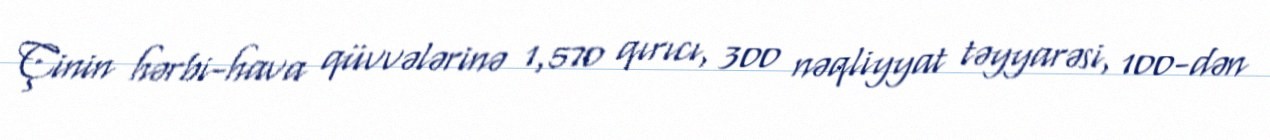
Çinin hərbi-hava qüvvələrinə 1,570 qırıcı, 300 nəqliyyat təyyarəsi, 100-dən